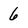
Character: 6